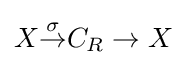
X{\overset {\sigma }{\to }}C_{R}\to X